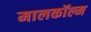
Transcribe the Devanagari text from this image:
मालकॉल्म